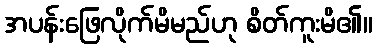
အပန်းဖြေလိုက်မိမည်ဟု စိတ်ကူးမိ၏။